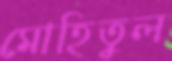
মোহিতুল